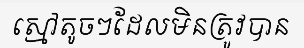
ស្មៅតូចៗដែលមិនត្រូវបាន